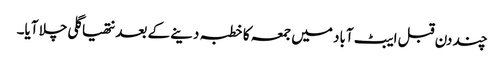
چند دن قبل ایبٹ آباد میں جمعہ کا خطبہ دینے کے بعد نتھیا گلی چلا آیا۔